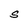
Character: S